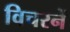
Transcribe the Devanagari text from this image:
विचरनें